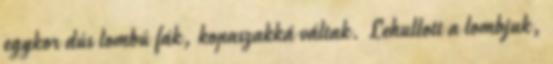
egykor dús lombú fák, kopaszakká váltak. Lehullott a lombjuk,